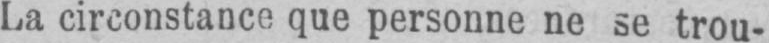
La circonstance que personne ne se trou-